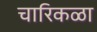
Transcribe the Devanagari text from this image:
चारिकळा